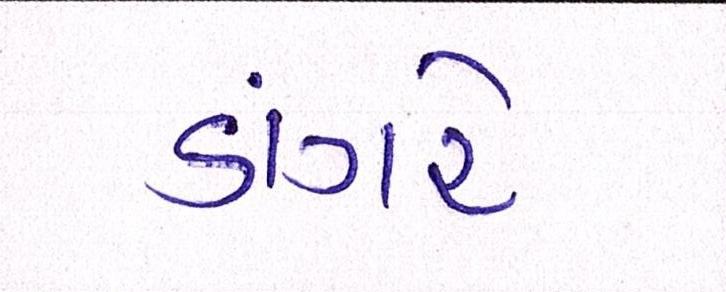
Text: ડાંગરે